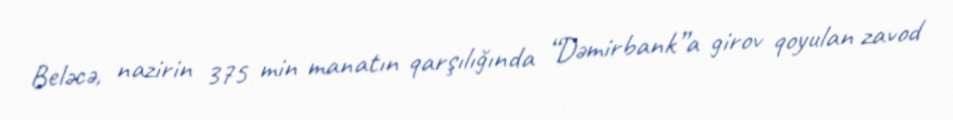
Beləcə, nazirin 375 min manatın qarşılığında “Dəmirbank”a girov qoyulan zavod